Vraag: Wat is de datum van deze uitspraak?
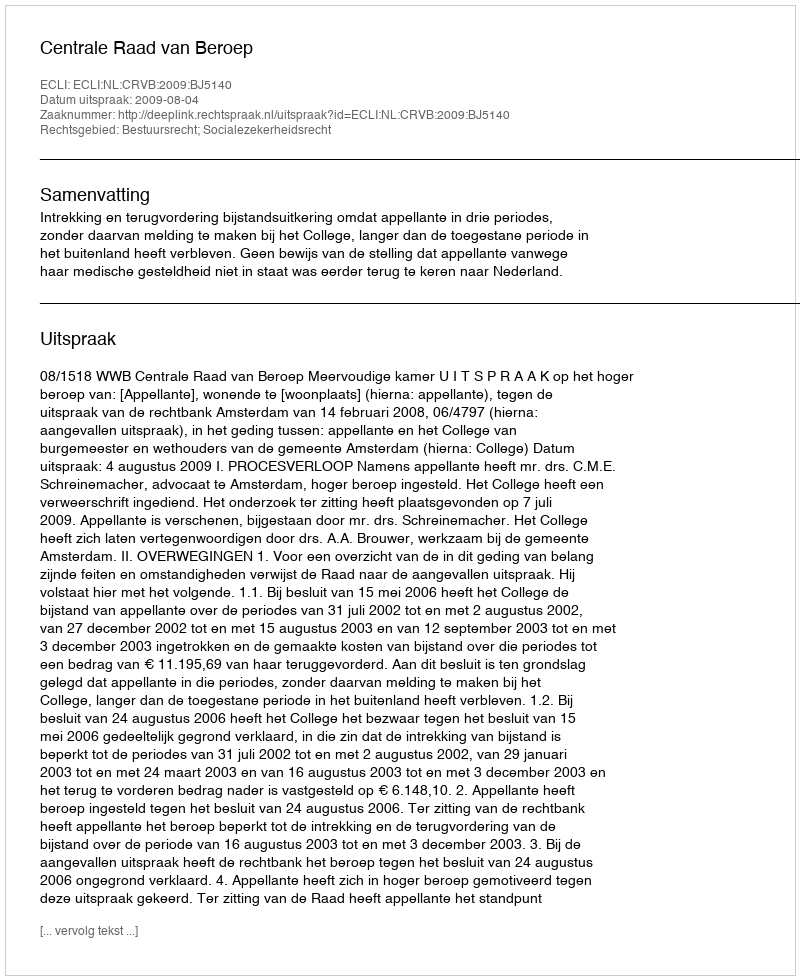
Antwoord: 2009-08-04